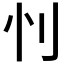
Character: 𰄜